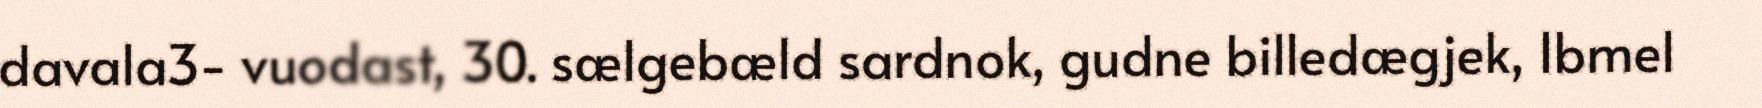
davala3- vuodast, 30. sælgebæld sardnok, gudne billedægjek, Ibmel